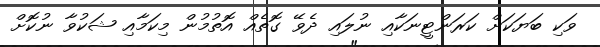
ވަކި ބަޔަކަށް ކަރަންޓީނަކާއި ނުލައި ދެވޭ ގޮތެއް އޮތުމުން މިކަމާއި ޝަކުވާ ނުކޮށް